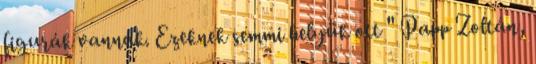
figurák vannak. Ezeknek semmi helyük ott " Papp Zoltán,